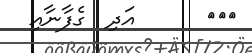
١١٤      އަދި  ގެފާނާއި